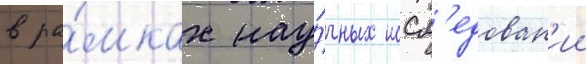
в ра́мках нау́чных иссл'едован'ии